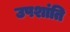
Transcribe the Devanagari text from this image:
उपशांति